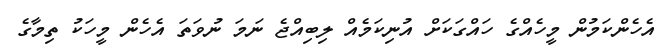
އެހެންކަމުން މީހެއްގެ ހައްގަކަށް އުނިކަމެެއް ލިބިއްޖެ ނަމަ ނުވަތަ އެހެން މީހަކު ތިމާގެ